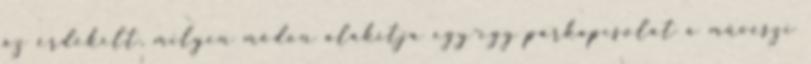
az érdekelt, milyen módon alakítja egy-egy párkapcsolat a művészi